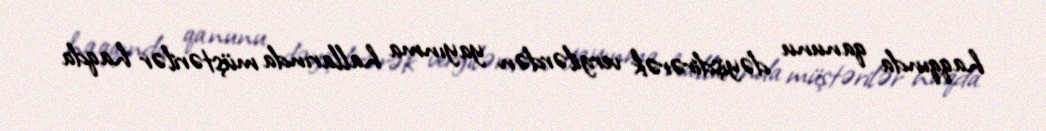
haqqında qanunu dəyişdirərək vergilərdən yayınma hallarında müştərilər haqda